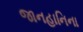
જાનહાનિના